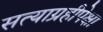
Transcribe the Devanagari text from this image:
सत्याग्रहीपेक्षा